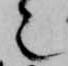
也